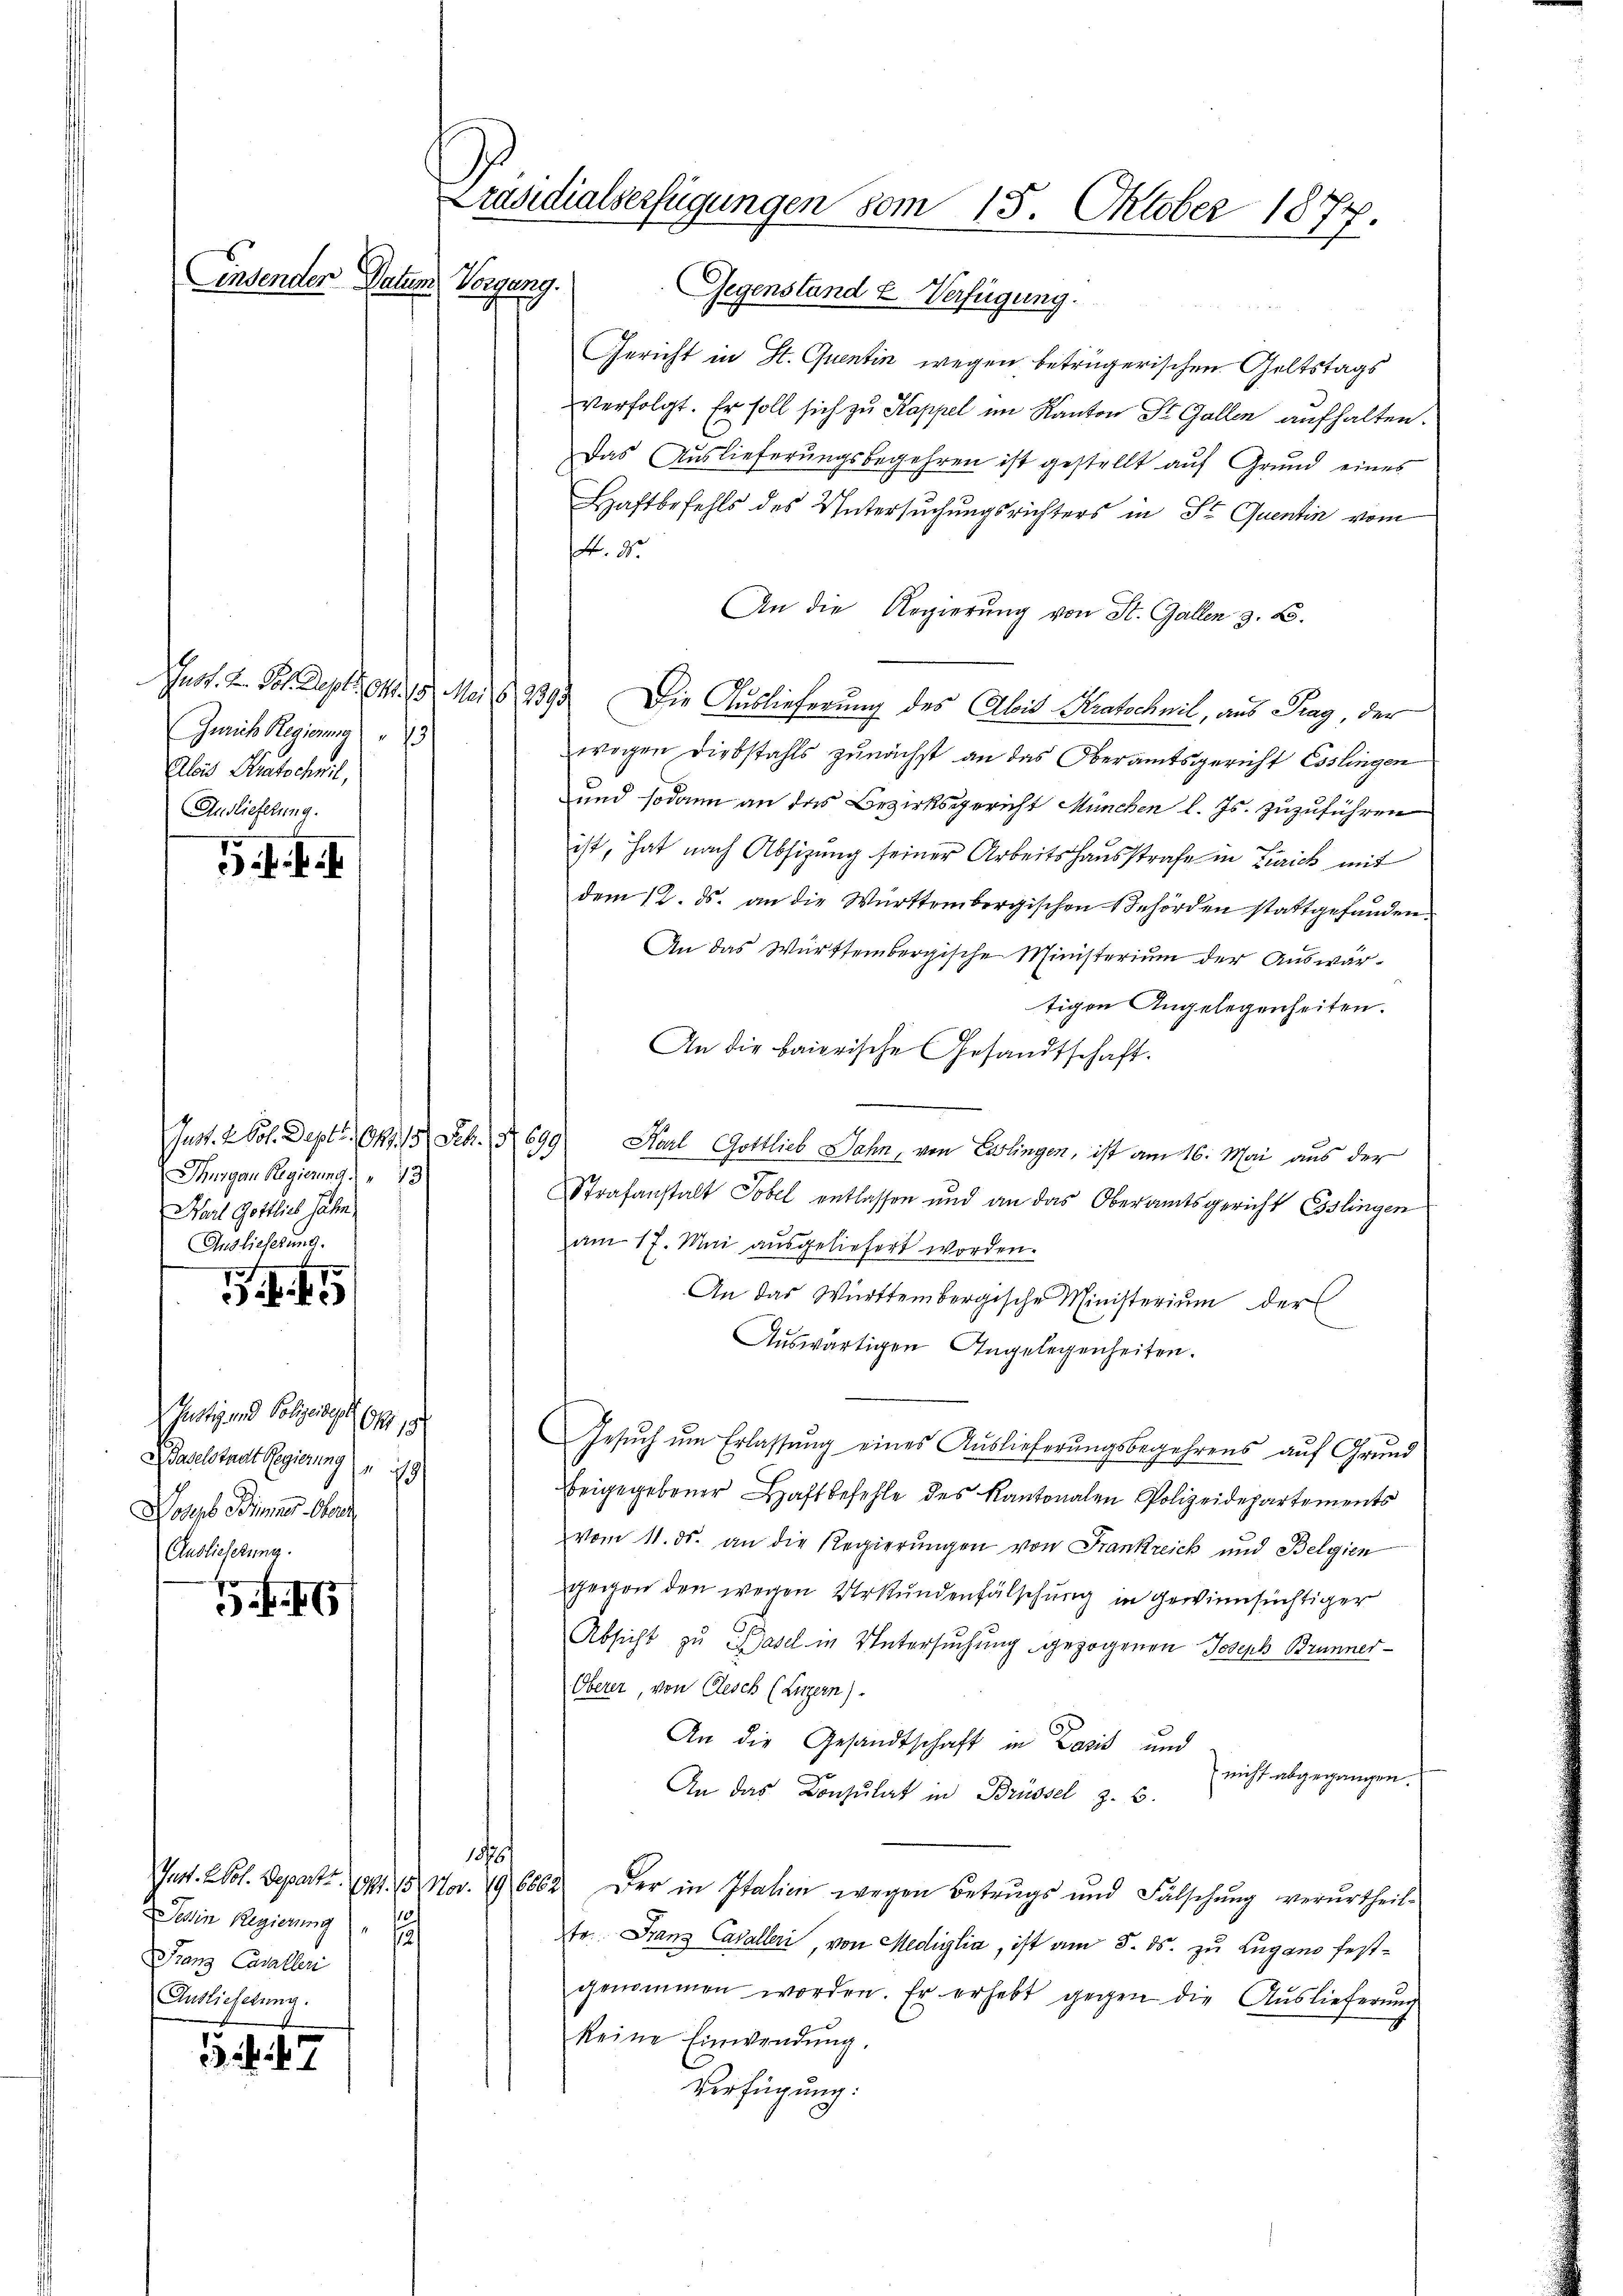
Einsenden Datum

Gerich Regierung 3
Alois Staatschwil,
Auslieferung.

5ff.

45

Justiz und Polizeidige Art. 1
) Baselstaat Regierung 19
Joseph Binner Ober
Auslieferung.

1 f. 17

Thurgau Regierung " " 13
Harl Gottlichs Jahn,
Auslieferung.

Gnot. 2 Vol. Departet. (171. 15. Nov. 19, 6862
ein Regierung
i
Franz Casalleri
Auslieferung.

Präsidialserfügungen vom 15. Oktober 1877.
Regung.

Gegenstand u Verfügung.
Gericht in St. Quentin wegen beträgerischen Geltstags
verfolgt. Er soll sich zu Kappel im Kanton St. Gallen aufhalten.
Das Auslieferŭngsbegehren ist gestellt aŭf Grŭnd eines
Haftbefehls des Untersuchungsrichters in Sr Quentin vom
A. 20.
An die Regierung von St. Gallen z. B.
Just. 2. Joh. Deption. 15. Mai d. 1393. Die Auslieferung des Abit Kratechnil, aus Tag, der
wegen Diebstahls zunächst an das Oberamtsgericht Esslingen
und sodann an das Bezirksgericht München l. Js. zuzuführen
ist, hat nach Absizung seiner Arbeitshausstrafe in Zürich mit
dem 12. ds. an die Württembergischen Behörden stattgefunden.
An das Württembergische Ministerium der Auswärtigen Angelegenheiten.
An die baierische Gesandtschaft.
Just. 2 Vol. Dept. 149, 15 Febr. S. 699 Karl Gottlieb Jahn, von Erlingen, ist am 16. Mai aus der
Strafanstalt Tobel entlassen und an das Oberamtsgericht Esslingen
am 17. Mai ausgeliefert worden.
An das Württembergische Ministerium der
Auswärtigen Angelegenheiten.
Gesŭch ŭm Erlassŭng eines Auslieferungsbegehrens auf Grund
beigegebener Haftbefehle des Kantonalen Polizeidepartements
vom 11. ds. an die Regierungen von Frankreich und Belgien
gegen den wegen Urkundenfälschung in gewinnsüchtiger
Absicht zu Basel in Untersuchung gezogenen Joseph Brunner¬
Oberer, von Resch (Luzern)
An die Gesandtschaft in Zasis und
nicht abgegangen.
An das Consulat in Brüssel z. B.
s
Der in Italien wegen Betrugs und Fälschŭng verurtheil-
tr. Franz Cavalleri, von Mediglia, ist am 5. ds. zu Lugano festgenommen worden. Er erhebt gegen die Auslieferŭng
keine Einwendung.
Verfügung: